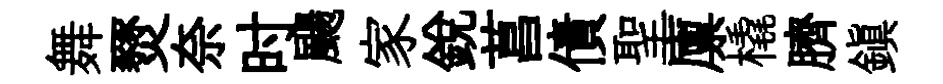
舞燹奈时颺家銳菖債聖廪橇臍鎭